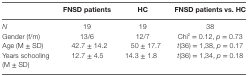
<table><thead><tr><td></td><td><b>FNSD patients</b></td><td><b>HC</b></td><td><b>FNSD patients vs. HC</b></td></tr></thead><tbody><tr><td><i>N</i></td><td>19</td><td>19</td><td>38</td></tr><tr><td>Gender (f/m)</td><td>13/6</td><td>12/7</td><td>Chi<sup>2</sup> = 0.12, <i>p</i> = 0.73</td></tr><tr><td>Age (M ± SD)</td><td>42.7 ± 14.2</td><td>50 ± 17.7</td><td><i>t</i>(36) = 1,38, <i>p</i> = 0.17</td></tr><tr><td>Years schooling (M ± SD)</td><td>12.7 ± 4.5</td><td>14.3 ± 1.8</td><td><i>t</i>(36) = 1,34, <i>p</i> = 0.18</td></tr></tbody></table>